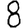
Digit: 8